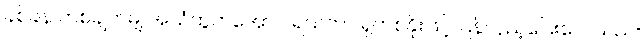
ခစ်ခနဲ တစ်ချက်မျှ အသံထွက်အောင် ရယ်ကာ ရှက်စနိုးဖြင့် ပြန်လှည့်ပြေးလေသည်။